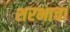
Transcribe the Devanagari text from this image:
शरभाचा